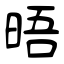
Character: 晤